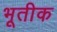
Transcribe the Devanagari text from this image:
भूतीक